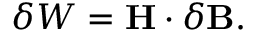
\delta W = \mathbf { H } \cdot \delta \mathbf { B } .